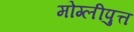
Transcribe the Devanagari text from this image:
मोग्लीपुत्त